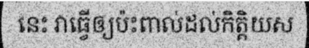
នេះ វាធ្វើឲ្យប៉ះពាល់ដល់កិត្តិយស